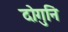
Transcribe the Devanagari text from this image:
दोगुनि